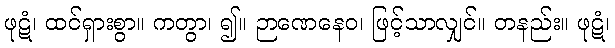
ဖုဋံ၊ ထင်ရှားစွာ။ ကတွာ၊ ၍။ ဉာဏေနေဝ၊ ဖြင့်သာလျှင်။ တနည်း။ ဖုဋံ၊